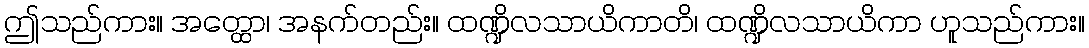
ဤသည်ကား။ အတ္ထော၊ အနက်တည်း။ ထဏ္ဍိလသာယိကာတိ၊ ထဏ္ဍိလသာယိကာ ဟူသည်ကား။